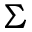
{ \boldsymbol \Sigma }